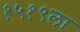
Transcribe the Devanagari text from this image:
१५१९ला